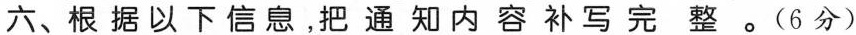
六、根据以下信息，把通知内容补写完整。(6分)